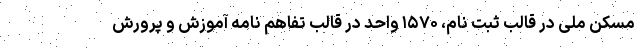
مسکن ملی در قالب ثبت نام، ۱۵۷۰ واحد در قالب تفاهم نامه آموزش و پرورش